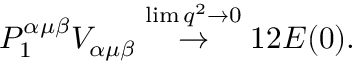
P _ { 1 } ^ { \alpha \mu \beta } V _ { \alpha \mu \beta } \stackrel { \operatorname * { l i m } q ^ { 2 } \rightarrow 0 } { \rightarrow } 1 2 { \cal E } ( 0 ) .